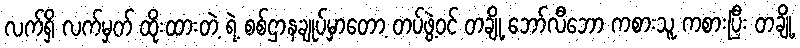
လက်ရှိ လက်မှတ် ထိုးထားတဲ့ ရဲ့ စစ်ဌာနချုပ်မှာတော့ တပ်ဖွဲ့ဝင် တချို့ ဘော်လီဘော ကစားသူ ကစားပြီး တချို့